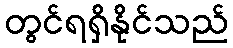
တွင်ရရှိနိုင်သည်